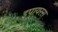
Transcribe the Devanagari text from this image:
इपायरस